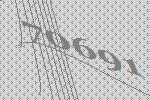
70691